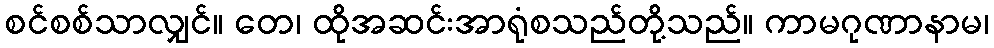
စင်စစ်သာလျှင်။ တေ၊ ထိုအဆင်းအာရုံစသည်တို့သည်။ ကာမဂုဏာနာမ၊